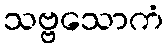
သဗ္ဗသောကံ